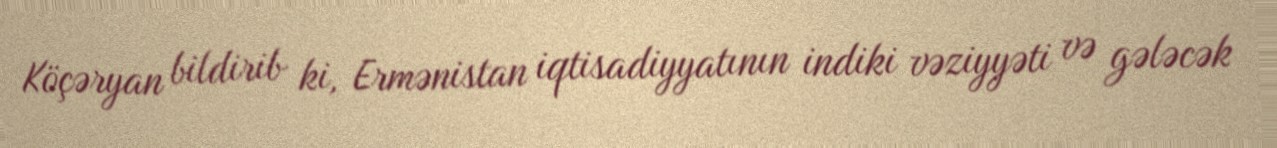
Köçəryan bildirib ki, Ermənistan iqtisadiyyatının indiki vəziyyəti və gələcək